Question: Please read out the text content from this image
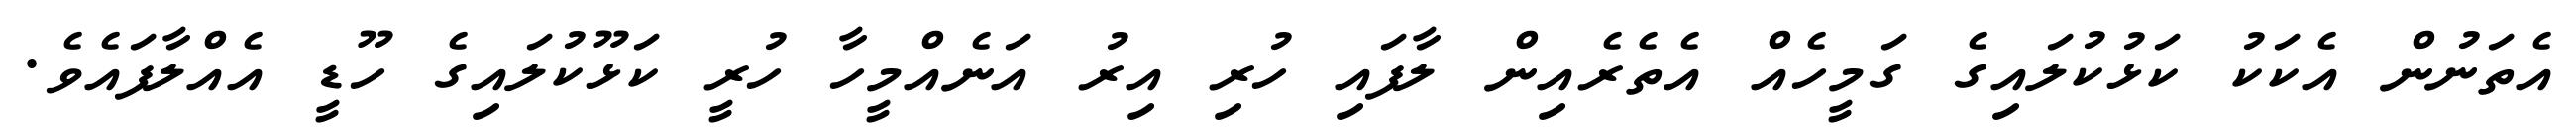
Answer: އެތަނުން އެކަކު ކަޅުކުލައިގެ ގަމީހެއް އެތެރެއިން ލާފައި ހުރި އިރު އަނެއްމީހާ ހުރީ ކަޅޫކުލައިގެ ހޫޑީ އެއްލާފައެވެ.